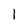
Character: 1